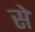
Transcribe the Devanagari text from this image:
से